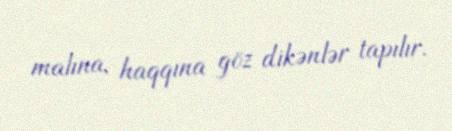
malına, haqqına göz dikənlər tapılır.